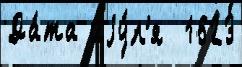
Да́та иjу́л'я  1623